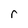
Character: r